Scottish Certificate of Education, 1963
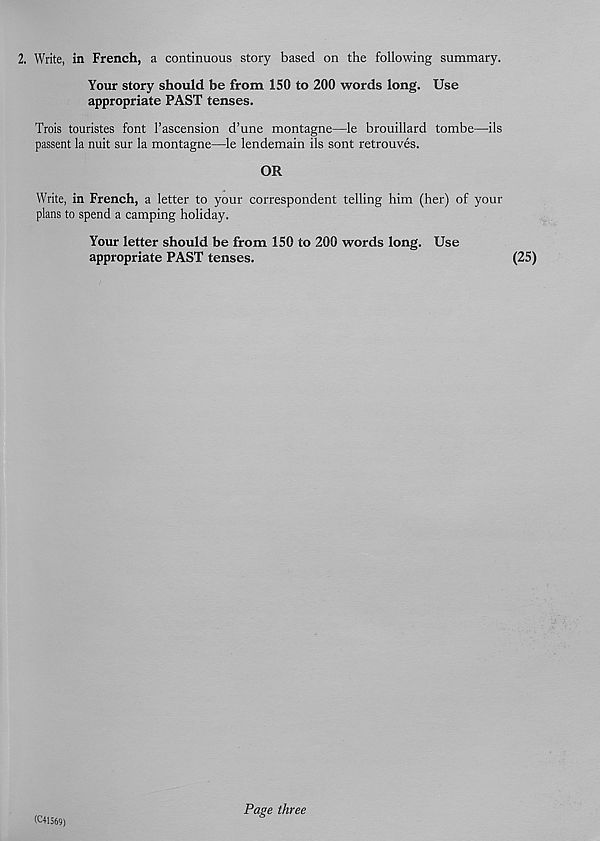
2. Write, in French, a continuous story based on the following summary.
Your story should be from 150 to 200 words long. Use
appropriate PAST tenses.
Trois touristes font 1’ascension d’une montagne—le brouillard tombe—ils
passent la nuit sur la montagne—le lendemain ils sont retrouves.
OR
Write, in French, a letter to your correspondent telling him (her) of your
plans to spend a camping holiday.
Your letter should be from 150 to 200 words long. Use
appropriate PAST tenses.
(25)
(C41369)
Page three